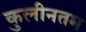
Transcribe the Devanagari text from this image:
कुलीनतम